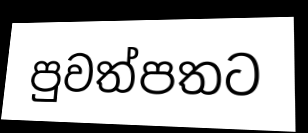
පුවත්පතට